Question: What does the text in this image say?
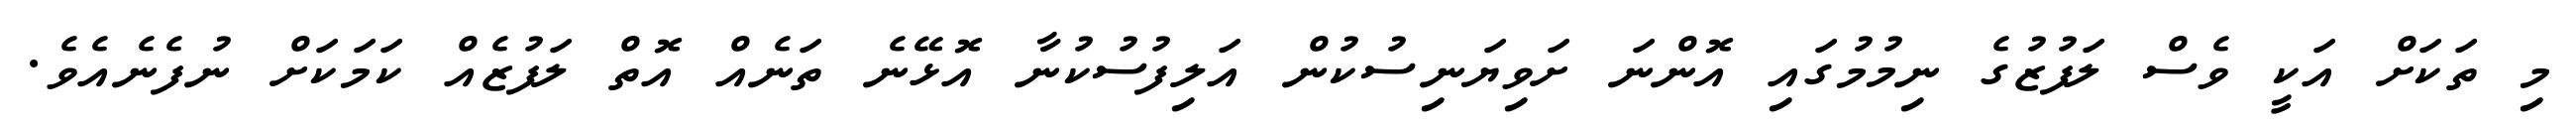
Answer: މި ތަކަށް އަކީ ވެސް ލަފުޒުގެ ނިމުމުގައި އޮންނަ ށަވިޔަނިސުކުން އަލިފުސުކުނާ އޮޅޭނެ ތަނެއް އޮތް ލަފުޒެއް ކަމަކަށް ނުފެނެއެވެ.